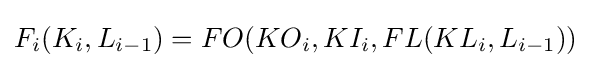
F_{i}(K_{i},L_{i-1})=FO(KO_{i},KI_{i},FL(KL_{i},L_{i-1}))